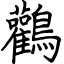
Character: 鸛